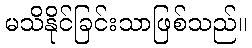
မသိနိုင်ခြင်းသာဖြစ်သည်။